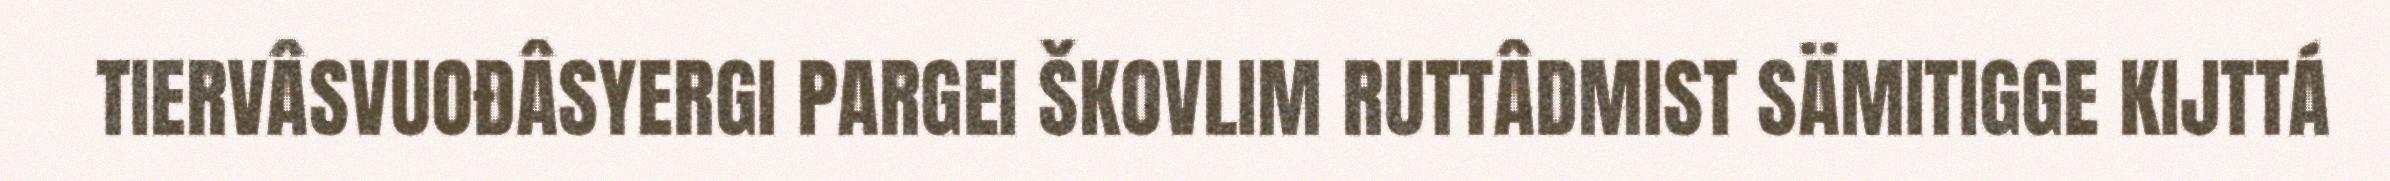
TIERVÂSVUOĐÂSYERGI PARGEI ŠKOVLIM RUTTÂDMIST SÄMITIGGE KIJTTÁ